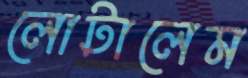
লোটালেম